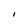
Character: I